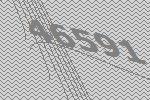
46591